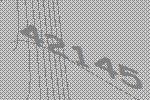
42145